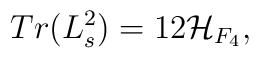
Tr(L_s^2)=12{\cal H}_{F_4},